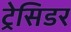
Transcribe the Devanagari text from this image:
ट्रेसिडर